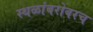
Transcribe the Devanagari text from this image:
स्थळांबरोबरच